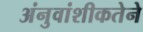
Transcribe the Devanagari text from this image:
अंनुवांशीकतेने